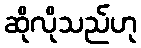
ဆိုလိုသည်ဟု